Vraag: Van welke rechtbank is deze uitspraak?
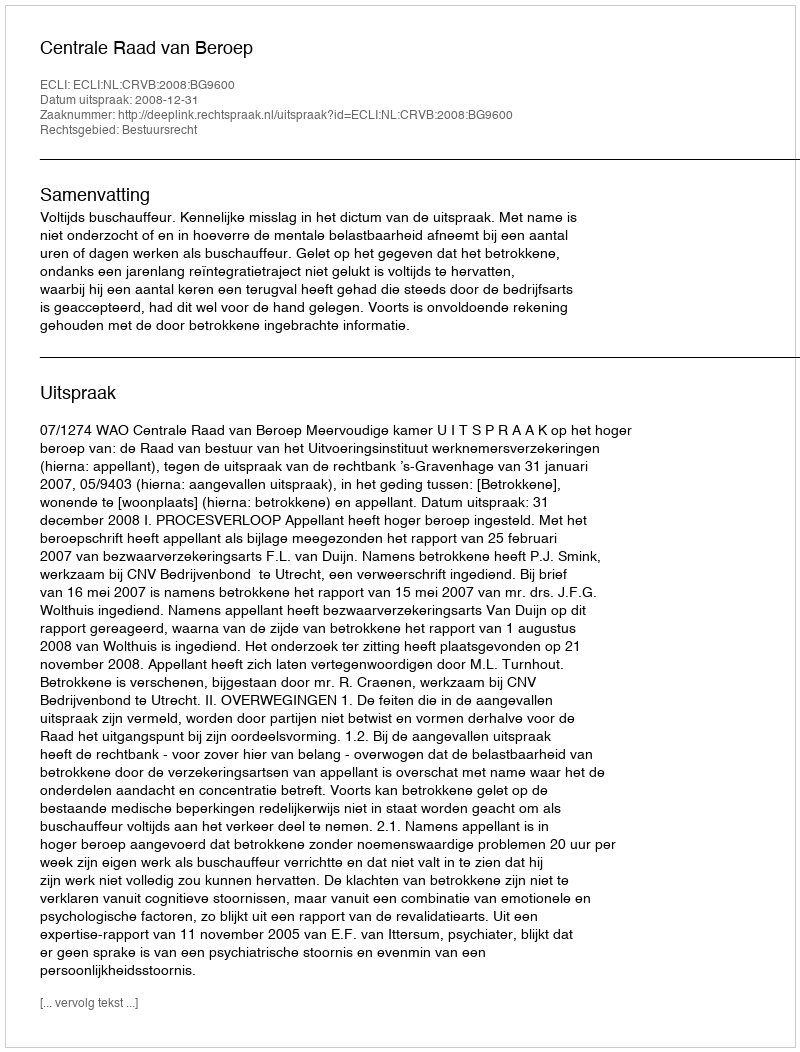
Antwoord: Centrale Raad van Beroep